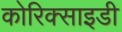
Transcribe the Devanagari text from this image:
कोरिक्साइडी